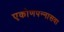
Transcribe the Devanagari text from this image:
एकोणपन्नासवा